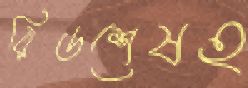
রিডশেষহ